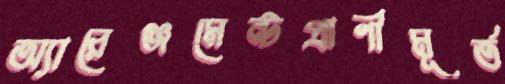
অ্যারেঞ্জমেন্টপ্রাণীমূর্ত